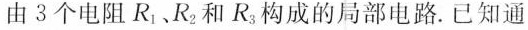
由 3 个电阻R_{1}、R_{2}和R_{3}构成的局部电路。已知通